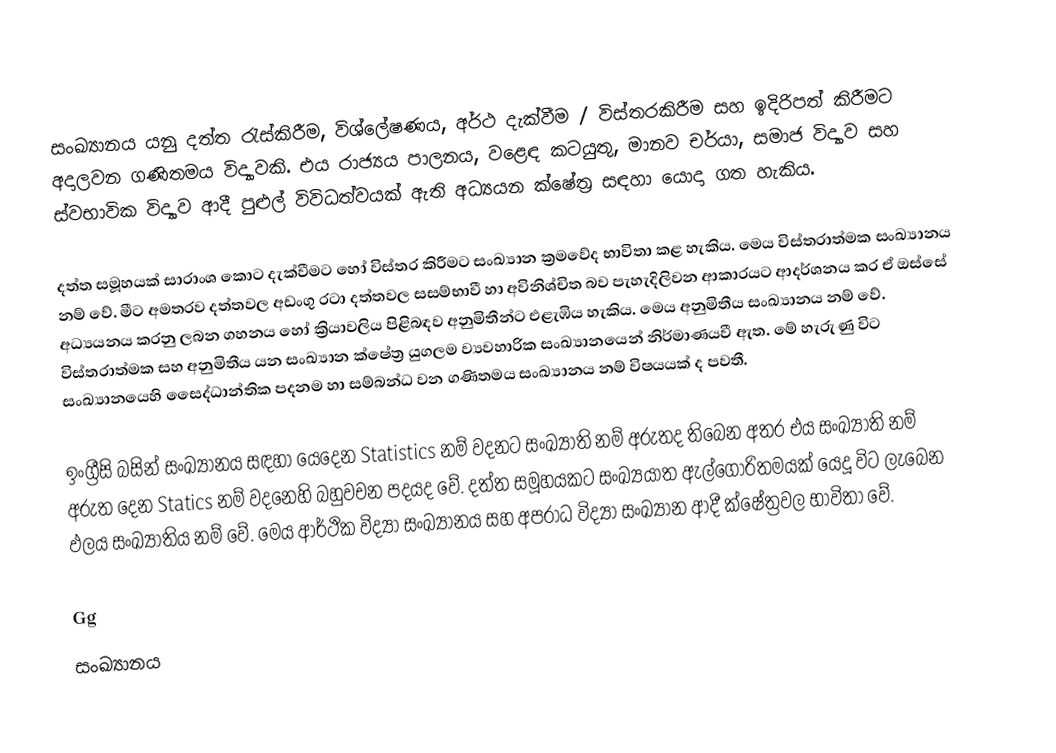
සංඛ්‍යානය යනු දත්ත රැස්කිරීම, විශ්ලේෂණය, අර්ථ දැක්වීම / විස්තරකිරීම සහ ඉදිරිපත් කිරීමට අදාලවන ගණිතමය විද්‍යාවකි. එය රාජ්‍යය පාලනය, වළෙඳ කටයුතු, මානව චර්යා, සමාජ විද්‍යාව සහ ස්වභාවික විද්‍යාව ආදී පුළුල් විවිධත්වයක් ඇති අධ්‍යයන ක්ෂේත්‍ර සඳහා යොදා ගත හැකිය.

දත්ත සමූහයක් සාරාංශ කොට දැක්වීමට හෝ විස්තර කිරීමට සංඛ්‍යාන ක්‍රමවේද භාවිතා කළ හැකිය. මෙය විස්තරාත්මක සංඛ්‍යානය නම් වේ. මීට අමතරව දත්තවල අඩංගු රටා දත්තවල සසම්භාවී හා අවිනිශ්චිත බව පැහැදිලිවන ආකාරයට ආදර්ශනය කර ඒ ඔස්සේ අධ්‍යයනය කරනු ලබන ගහනය හෝ ක්‍රියාවලිය පිළිබඳව අනුමිතීන්ට එළැඹිය හැකිය. මෙය අනුමිතීය සංඛ්‍යානය නම් වේ. විස්තරාත්මක සහ අනුමිතීය යන සංඛ්‍යාන ක්ෂේත්‍ර යුගලම ව්‍යවහාරික සංඛ්‍යානයෙන් නිර්මාණයවී ඇත. මේ හැරුණු විට සංඛ්‍යානයෙහි සෛද්ධාන්තික පදනම හා සම්බන්ධ වන ගණිතමය සංඛ්‍යානය නම් විෂයයක් ද පවතී.

ඉංග්‍රීසි බසින් සංඛ්‍යානය සඳහා යෙදෙන Statistics නම් වදනට සංඛ්‍යාති නම් අරුතද තිබෙන අතර එය සංඛ්‍යාති නම් අරුත දෙන Statics නම් වදනෙහි බහුවචන පදයද වේ. දත්ත සමූහයකට සංඛ්‍යයාත ඇල්ගෝරිතමයක් යෙදූ විට ලැබෙන ඵලය සංඛ්‍යාතිය නම් වේ. මෙය ආර්ථික විද්‍යා සංඛ්‍යානය සහ අපරාධ විද්‍යා සංඛ්‍යාන ආදී ක්ෂේත්‍රවල භාවිතා වේ.

Gg
සංඛ්‍යානය